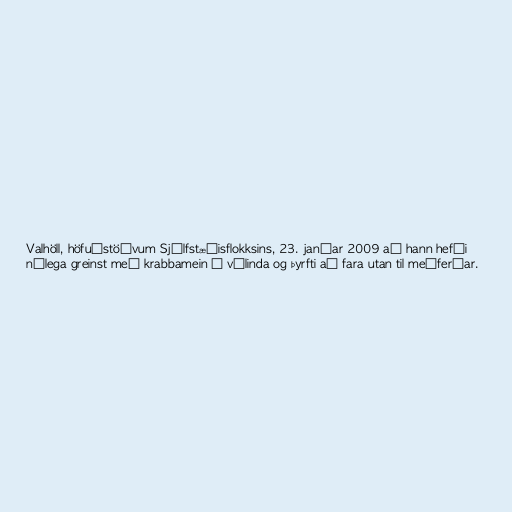
Valhöll, höfuðstöðvum Sjálfstæðisflokksins, 23. janúar 2009 að hann hefði
nýlega greinst með krabbamein í vélinda og þyrfti að fara utan til meðferðar.